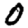
Digit: 0